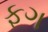
ફગ